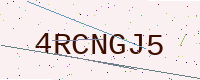
Text: 4RCNGJ5